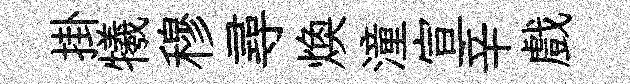
掛犧穆尋焕潼宣辛戲